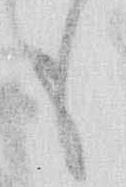
も